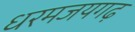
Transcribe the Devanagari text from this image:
धरमजयगढ़